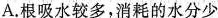
A.根吸水较多，消耗的水分少